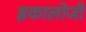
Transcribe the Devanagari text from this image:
इकालोजी